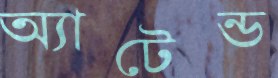
অ্যাটেন্ড